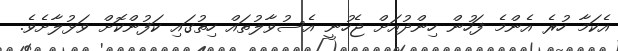
އެކަމާ ހުރެ އެންމެ ފަހުން ހިންދުއަށް ޖެހުނީ އެސުވާލުތައް ހިތުގައި ކަފުންކޮށް ވަޅުލާށެވެ.